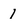
Character: 1